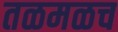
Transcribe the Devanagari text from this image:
तळमळच